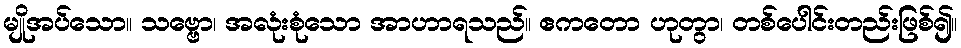
မျိုအပ်သော။ သဗ္ဗော၊ အလုံးစုံသော အာဟာရသည်။ ဧကတော ဟုတွာ၊ တစ်ပေါင်းတည်းဖြစ်၍။